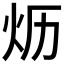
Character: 𱪪